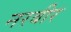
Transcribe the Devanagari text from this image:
नरबीर